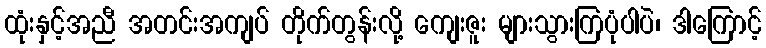
ထုံးနှင့်အညီ အတင်းအကျပ် တိုက်တွန်းလို့ ကျေးဇူး များသွားကြပုံပါပဲ၊ ဒါကြောင့်